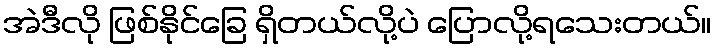
အဲဒီလို ဖြစ်နိုင်ခြေ ရှိတယ်လို့ပဲ ပြောလို့ရသေးတယ်။